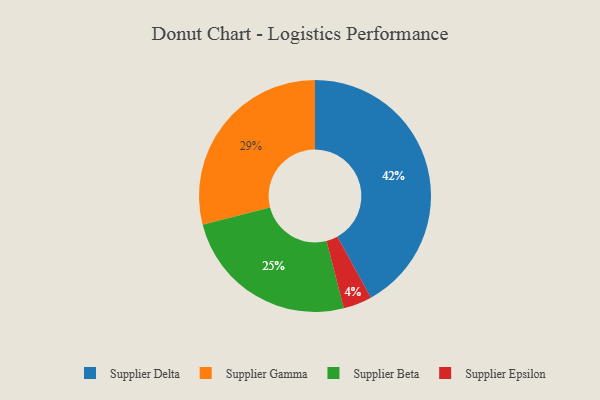
{"axis": {"x": "Category", "y": "Percentage"}, "legend": ["Supplier Beta", "Supplier Delta", "Supplier Epsilon", "Supplier Gamma"], "data": [{"x": "Supplier Gamma", "y": 29, "type": "Supplier Gamma"}, {"x": "Supplier Epsilon", "y": 4, "type": "Supplier Epsilon"}, {"x": "Supplier Beta", "y": 25, "type": "Supplier Beta"}, {"x": "Supplier Delta", "y": 42, "type": "Supplier Delta"}]}